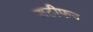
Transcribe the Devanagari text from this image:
सटीफन